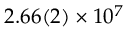
2 . 6 6 ( 2 ) \times 1 0 ^ { 7 }